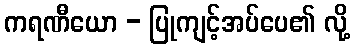
ကရဏီယော - ပြုကျင့်အပ်ပေ၏ လို့